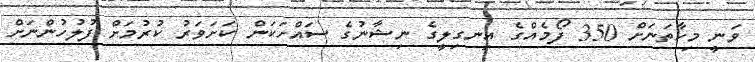
ވަނީ މިހާތަނަށް 350 ފޯމެއްގެ އިނގިލީގެ ނިޝާނުގެ ސައްހަކަން ކަށަވަރު ކުރުމަށް ފުލުހުންނަށް